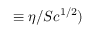
\equiv \eta / S c ^ { 1 / 2 } )